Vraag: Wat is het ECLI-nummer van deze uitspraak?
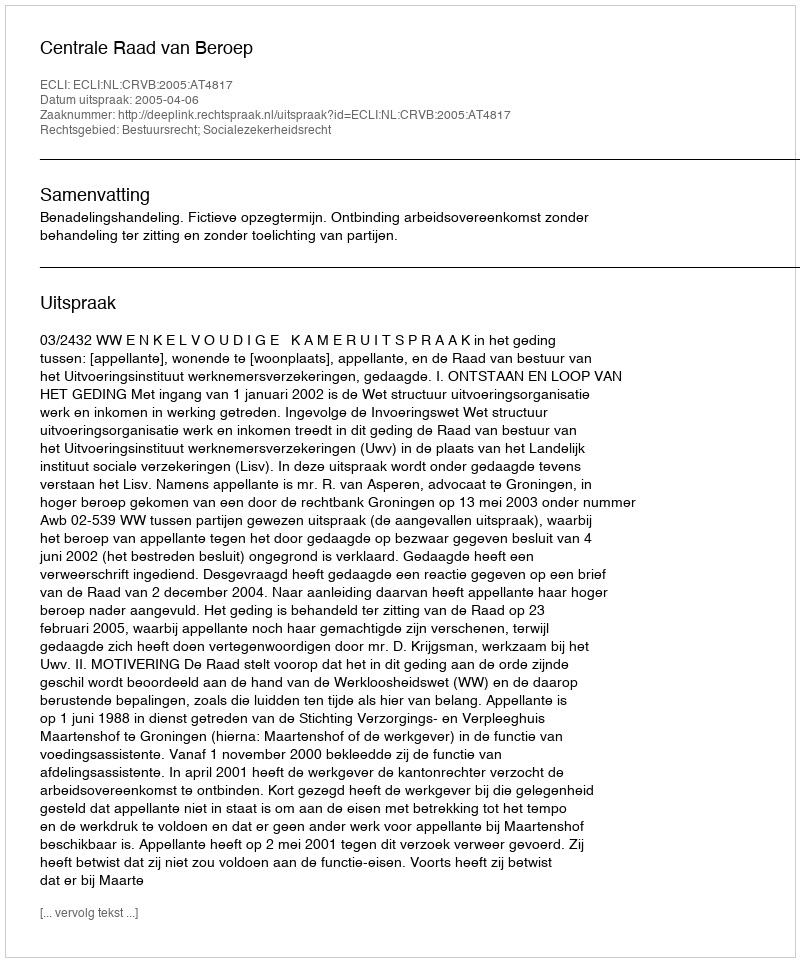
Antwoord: ECLI:NL:CRVB:2005:AT4817